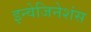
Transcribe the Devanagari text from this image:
इन्वेजिनेशंस